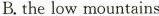
B. the low mountains